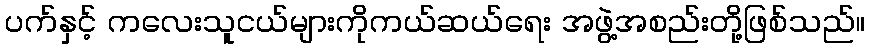
ပက်နှင့် ကလေးသူငယ်များကိုကယ်ဆယ်ရေး အဖွဲ့အစည်းတို့ဖြစ်သည်။